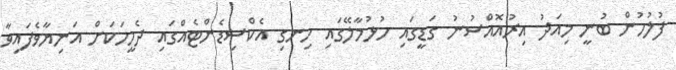
ފުލުހުން ބުނީ މިއަދު އިރުއޮއްސުނު ގަޑީގައި ހުޅުމާލޭގައި ހިނގި އެކްސިޑެންޓެއްގައި ދެމީހަކަށް އަނިޔާވެފައިވާ